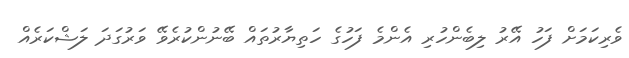
ވެރިކަމަށް ފަހު އޭރު ލިބެންހުރި އެންމެ ފަހުގެ ހަތިޔާރުތައް ބޭނުންކުރެވޭ ވަރުގަދަ ލަޝްކަރެއް